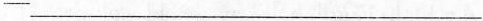
-___